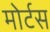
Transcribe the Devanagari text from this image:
मोर्टस